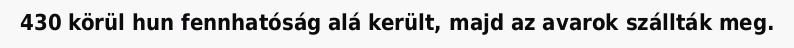
430 körül hun fennhatóság alá került, majd az avarok szállták meg.